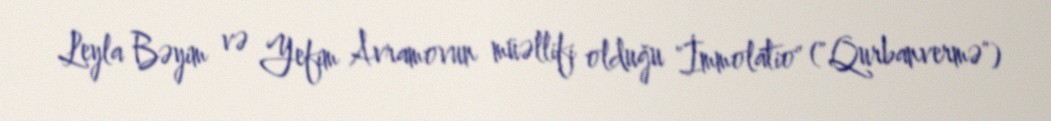
Leyla Bəyim və Yefim Avramovun müəllifi olduğu "İmmolatio" ("Qurbanvermə")